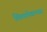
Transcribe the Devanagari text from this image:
शिलालेखाभ्यास